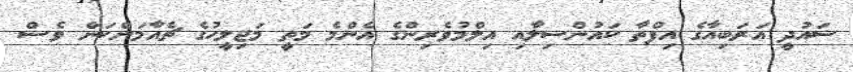
ސައުދީ އަރަބިއާގެ އިފްތާ ކައުންސިލާއި އިލްމުވެރިންގެ އެންމެ މަތީ މަޖިލީހުގެ ޗެއާމަންކަން ވެސް